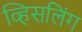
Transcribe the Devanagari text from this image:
व्हिसलिंग